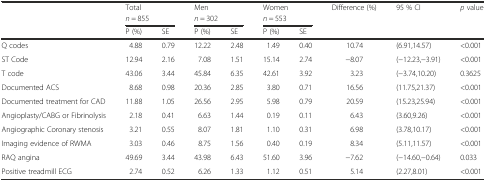
<table><thead><tr><td rowspan="3"></td><td colspan="2"><b>Total</b></td><td colspan="2"><b>Men</b></td><td colspan="2"><b>Women</b></td><td rowspan="3"><b>Difference (%)</b></td><td rowspan="3"><b>95 % CI</b></td><td rowspan="3"><b><i>p</i> value</b></td></tr><tr><td colspan="2"><b><i>n</i> = 855</b></td><td colspan="2"><b><i>n</i> = 302</b></td><td colspan="2"><b><i>n</i> = 553</b></td></tr><tr><td><b>P (%)</b></td><td><b>SE</b></td><td><b>P (%)</b></td><td><b>SE</b></td><td><b>P (%)</b></td><td><b>SE</b></td></tr></thead><tbody><tr><td>Q codes</td><td>4.88</td><td>0.79</td><td>12.22</td><td>2.48</td><td>1.49</td><td>0.40</td><td>10.74</td><td>(6.91,14.57)</td><td>&lt;0.001</td></tr><tr><td>ST Code</td><td>12.94</td><td>2.16</td><td>7.08</td><td>1.51</td><td>15.14</td><td>2.74</td><td>−8.07</td><td>(−12.23,−3.91)</td><td>&lt;0.001</td></tr><tr><td>T code</td><td>43.06</td><td>3.44</td><td>45.84</td><td>6.35</td><td>42.61</td><td>3.92</td><td>3.23</td><td>(−3.74,10.20)</td><td>0.3625</td></tr><tr><td>Documented ACS</td><td>8.68</td><td>0.98</td><td>20.36</td><td>2.85</td><td>3.80</td><td>0.71</td><td>16.56</td><td>(11.75,21.37)</td><td>&lt;0.001</td></tr><tr><td>Documented treatment for CAD</td><td>11.88</td><td>1.05</td><td>26.56</td><td>2.95</td><td>5.98</td><td>0.79</td><td>20.59</td><td>(15.23,25.94)</td><td>&lt;0.001</td></tr><tr><td>Angioplasty/CABG or Fibrinolysis</td><td>2.18</td><td>0.41</td><td>6.63</td><td>1.44</td><td>0.19</td><td>0.11</td><td>6.43</td><td>(3.60,9.26)</td><td>&lt;0.001</td></tr><tr><td>Angiographic Coronary stenosis</td><td>3.21</td><td>0.55</td><td>8.07</td><td>1.81</td><td>1.10</td><td>0.31</td><td>6.98</td><td>(3.78,10.17)</td><td>&lt;0.001</td></tr><tr><td>Imaging evidence of RWMA</td><td>3.03</td><td>0.46</td><td>8.75</td><td>1.56</td><td>0.40</td><td>0.19</td><td>8.34</td><td>(5.11,11.57)</td><td>&lt;0.001</td></tr><tr><td>RAQ angina</td><td>49.69</td><td>3.44</td><td>43.98</td><td>6.43</td><td>51.60</td><td>3.96</td><td>−7.62</td><td>(−14.60,−0.64)</td><td>0.033</td></tr><tr><td>Positive treadmill ECG</td><td>2.74</td><td>0.52</td><td>6.26</td><td>1.33</td><td>1.12</td><td>0.51</td><td>5.14</td><td>(2.27,8.01)</td><td>&lt;0.001</td></tr></tbody></table>